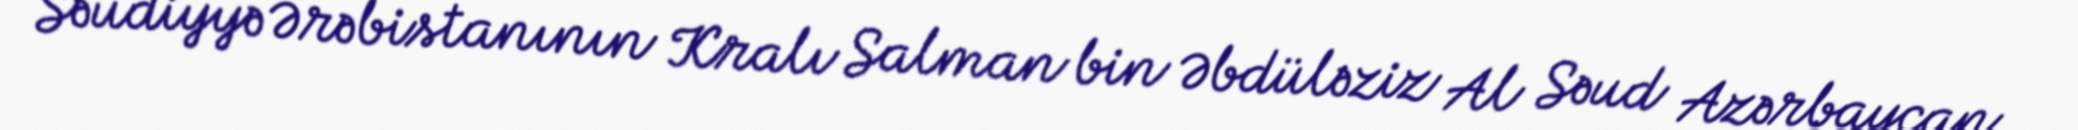
Səudiyyə Ərəbistanının Kralı Salman bin Əbdüləziz Al Səud Azərbaycan